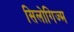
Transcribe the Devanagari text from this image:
सिलोगिज्म